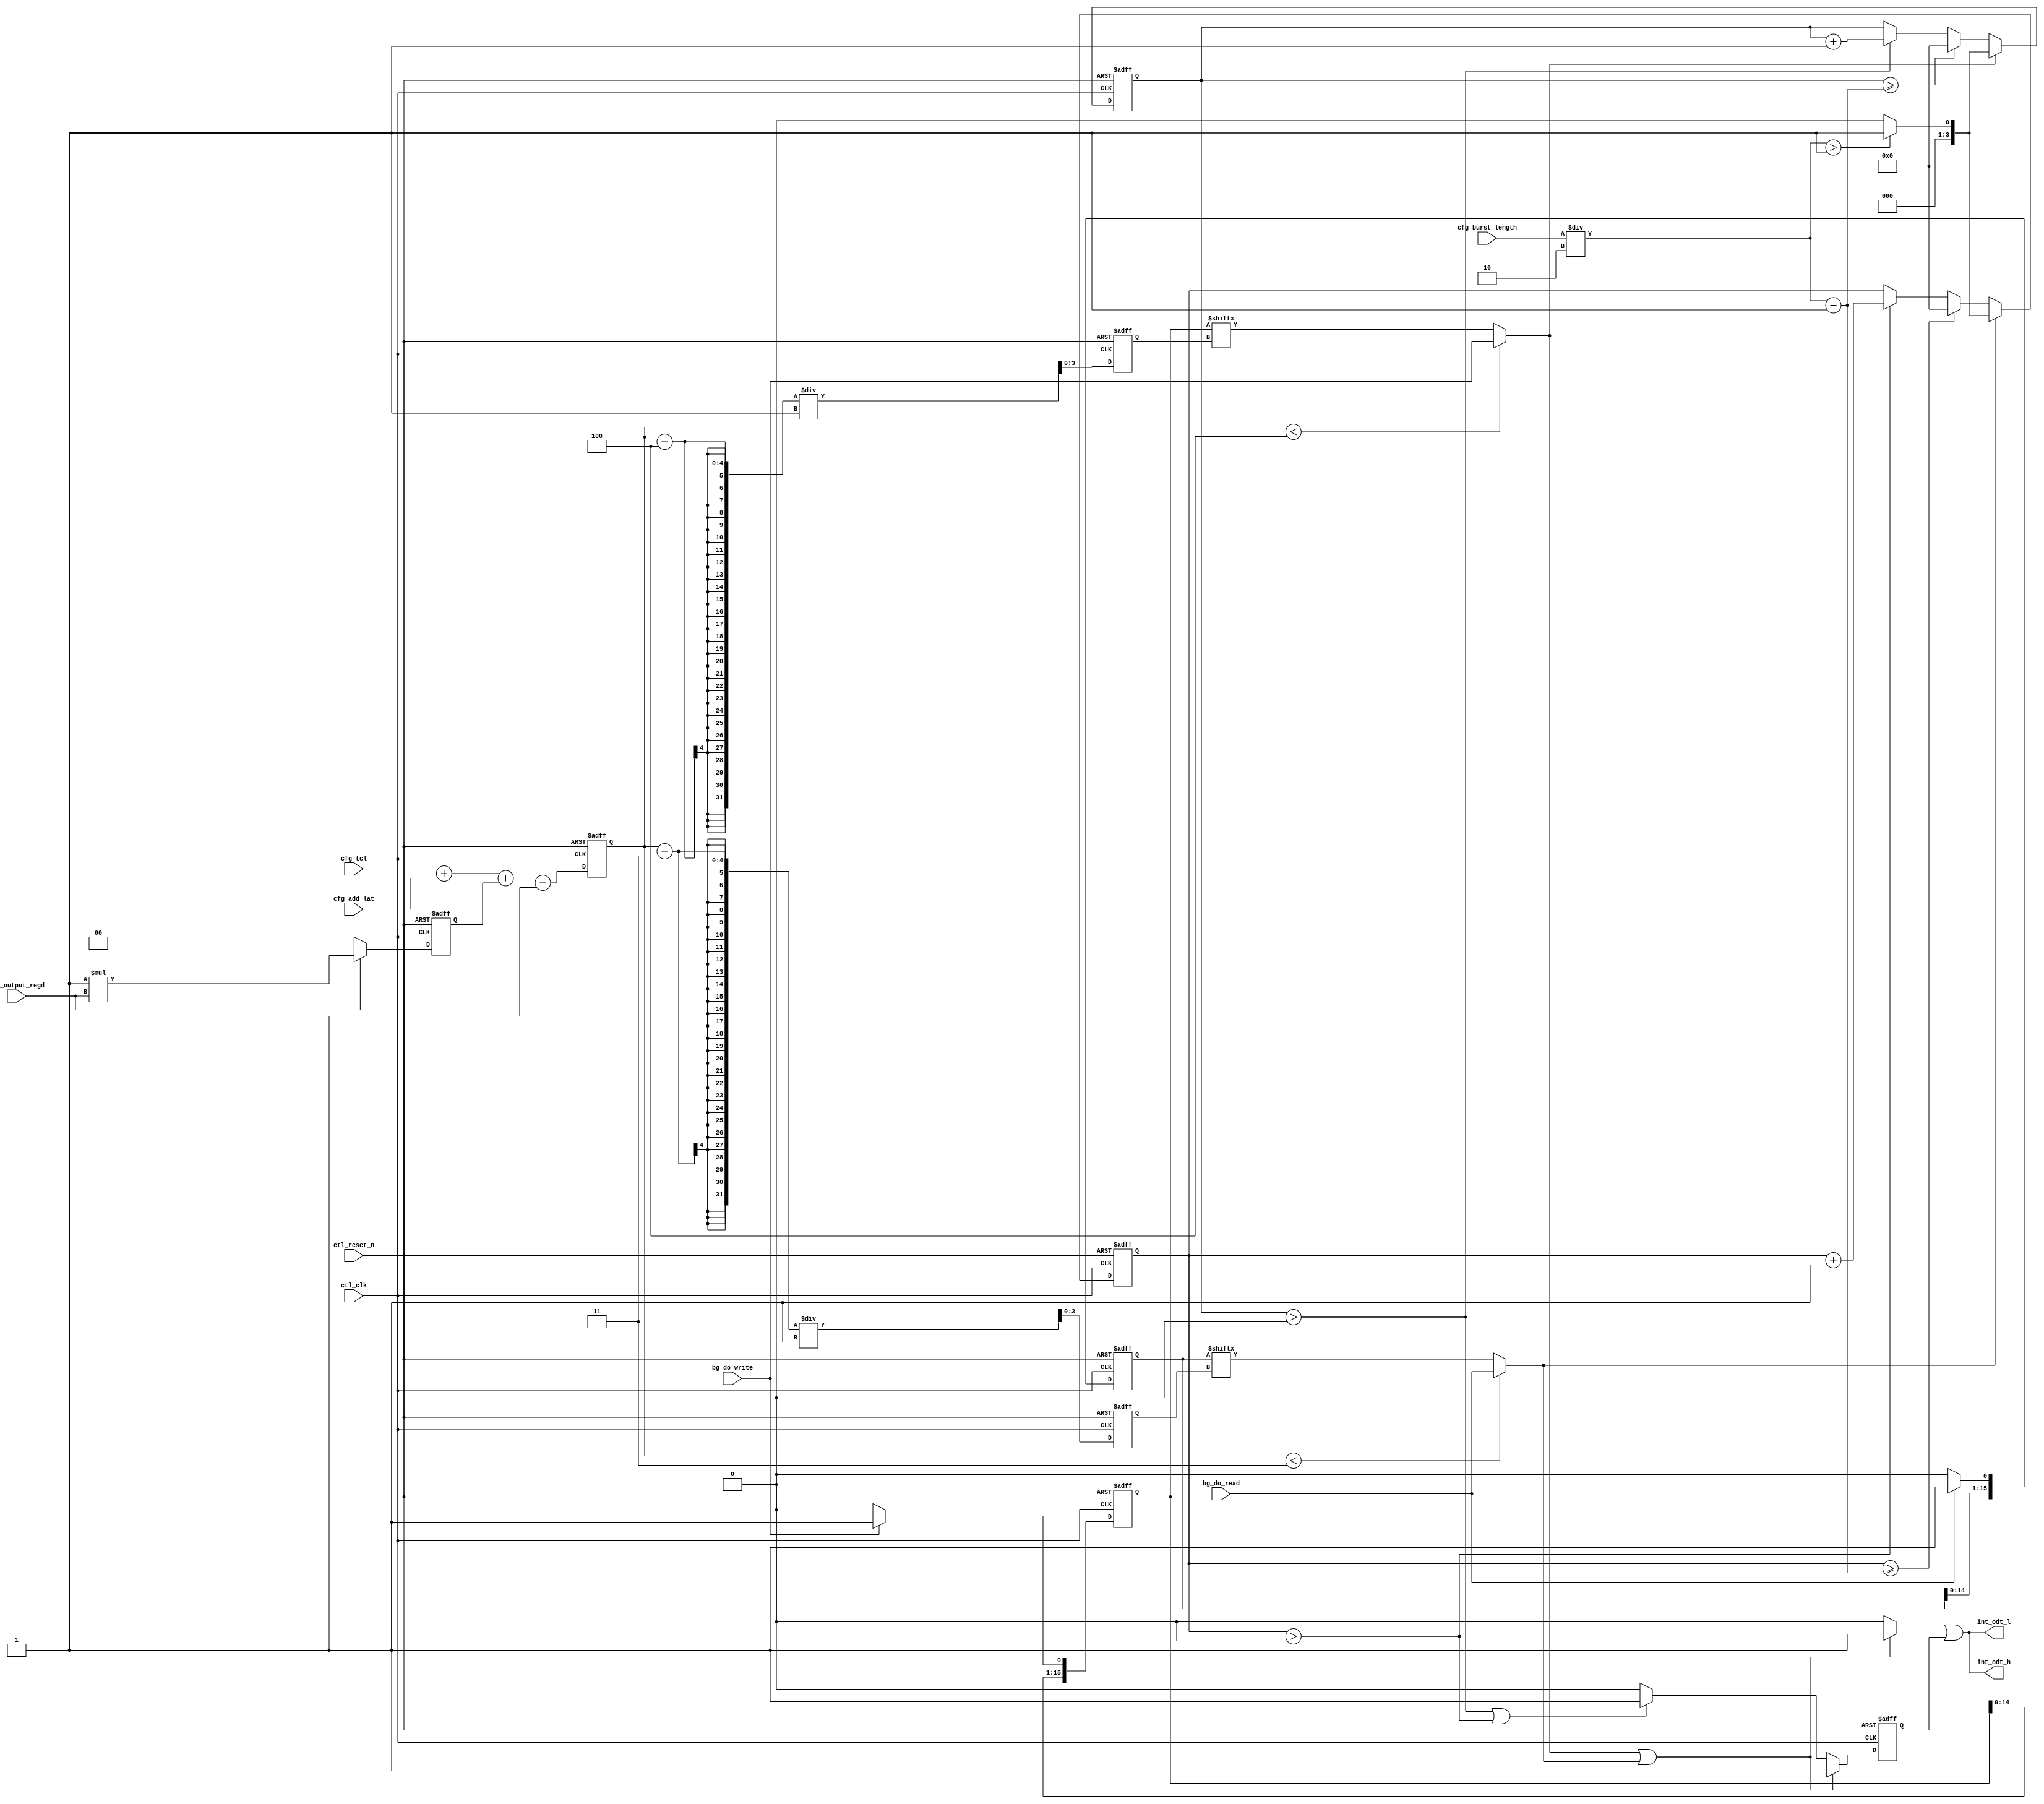
// (C) 2001-2023 Intel Corporation. All rights reserved.
// Your use of Intel Corporation's design tools, logic functions and other 
// software and tools, and its AMPP partner logic functions, and any output 
// files from any of the foregoing (including device programming or simulation 
// files), and any associated documentation or information are expressly subject 
// to the terms and conditions of the Intel Program License Subscription 
// Agreement, Intel FPGA IP License Agreement, or other applicable 
// license agreement, including, without limitation, that your use is for the 
// sole purpose of programming logic devices manufactured by Intel and sold by 
// Intel or its authorized distributors.  Please refer to the applicable 
// agreement for further details.



//altera message_off 10230 10036

//For tCL = 3 and tCWL = 2 rdwr_data_tmg block output must be registered in order to support ODT

`timescale 1 ps / 1 ps

module alt_mem_ddrx_ddr2_odt_gen
    # ( parameter
        CFG_DWIDTH_RATIO              =   2,
        CFG_PORT_WIDTH_ADD_LAT        =   3,
        CFG_PORT_WIDTH_OUTPUT_REGD    =   1,
        CFG_PORT_WIDTH_TCL            =   4
    )
    (
        ctl_clk,
        ctl_reset_n,
        cfg_tcl,
        cfg_add_lat,
        cfg_burst_length,
        cfg_output_regd,
        bg_do_write,
        bg_do_read,
        int_odt_l,
        int_odt_h
    );
    
    //=================================================================================================//
    //        Local parameter definition                                                               //
    //=================================================================================================//
    
    localparam  integer CFG_TCL_PIPE_LENGTH =   2**CFG_PORT_WIDTH_TCL; // okay to size this to 4 since max latency in DDR2 is 7+6=13
    localparam          CFG_TAOND           =   2;
    localparam          CFG_TAOFD           =   2.5;
    
    //=================================================================================================//
    //        input/output declaration                                                                 //
    //=================================================================================================//
    
    input                                    ctl_clk;
    input                                    ctl_reset_n;
    input   [CFG_PORT_WIDTH_TCL-1:0]         cfg_tcl;
    input   [CFG_PORT_WIDTH_ADD_LAT-1:0]     cfg_add_lat;
    input   [4:0]                            cfg_burst_length;
    input   [CFG_PORT_WIDTH_OUTPUT_REGD-1:0] cfg_output_regd;
    
    input                                    bg_do_write;
    input                                    bg_do_read;
    
    output                                   int_odt_l;
    output                                   int_odt_h;
    
    //=================================================================================================//
    //        reg/wire declaration                                                                     //
    //=================================================================================================//
    
    wire bg_do_write;
    wire bg_do_read;
    
    reg  [1:0] regd_output;
    
    reg  [CFG_PORT_WIDTH_TCL-1:0] int_tcwl_unreg;
    reg  [CFG_PORT_WIDTH_TCL-1:0] int_tcwl;
    reg                           int_tcwl_even;
    reg                           int_tcwl_odd;
    
    reg  [CFG_PORT_WIDTH_TCL-1:0] write_latency;
    reg  [CFG_PORT_WIDTH_TCL-1:0] read_latency;
    
    wire int_odt_l;
    wire int_odt_h;
    
    reg reg_odt_l;
    reg reg_odt_h;
    
    reg combi_odt_l;
    reg combi_odt_h;
    
    reg [1:0] offset_code;
    
    reg start_odt_write;
    reg start_odt_read;
    
    reg [CFG_TCL_PIPE_LENGTH-1:0] do_write_pipe;
    reg [CFG_TCL_PIPE_LENGTH-1:0] do_read_pipe;
    
    reg [3:0]   doing_write_count;
    reg [3:0]   doing_read_count;
    
    always @ (posedge ctl_clk or negedge ctl_reset_n)
        begin
            if (!ctl_reset_n)
                begin
                    regd_output <= 0;
                end
            else
                begin
                    if (cfg_output_regd)
                        regd_output <= (CFG_DWIDTH_RATIO / 2) * cfg_output_regd;
                    else
                        regd_output <= 2'd0;
                end
        end
    
    always @ (*)
        begin
            int_tcwl_unreg = cfg_tcl + cfg_add_lat + regd_output - 1'b1;
        end
    
    always @(posedge ctl_clk, negedge ctl_reset_n)
        begin
            if (!ctl_reset_n)
                int_tcwl    <=  0;
            else
                int_tcwl    <=  int_tcwl_unreg;
        end
    
    always @ (posedge ctl_clk or negedge ctl_reset_n)
        begin
            if (!ctl_reset_n)
                begin
                    int_tcwl_even <= 1'b0;
                    int_tcwl_odd  <= 1'b0;
                end
            else
                begin
                    if (int_tcwl % 2 == 0)
                        begin
                            int_tcwl_even <= 1'b1;
                            int_tcwl_odd  <= 1'b0;
                        end
                    else
                        begin
                            int_tcwl_even <= 1'b0;
                            int_tcwl_odd  <= 1'b1;
                        end
                end
        end
    
    always @ (posedge ctl_clk or negedge ctl_reset_n)
        begin
            if (!ctl_reset_n)
                begin
                    write_latency <= 0;
                    read_latency  <= 0;
                end
            else
                begin
                    write_latency <= (int_tcwl - 4) / (CFG_DWIDTH_RATIO / 2);
                    read_latency  <= (int_tcwl - 3) / (CFG_DWIDTH_RATIO / 2);
                end
        end
    
    //=================================================================================================//
    //        Delay ODT signal to match READ DQ/DQS                                                    //
    //=================================================================================================//
    
    always @(posedge ctl_clk, negedge ctl_reset_n)
        begin
            if (!ctl_reset_n)
                do_read_pipe    <=  0;
            else
                if (bg_do_read)
                    do_read_pipe    <=  {do_read_pipe[CFG_TCL_PIPE_LENGTH-2:0],bg_do_read};
                else
                    do_read_pipe    <=  {do_read_pipe[CFG_TCL_PIPE_LENGTH-2:0],1'b0};
        end
    
    always @(*)
        begin
            if (int_tcwl < 3)
                start_odt_read  =  bg_do_read;
            else
                start_odt_read  =  do_read_pipe[read_latency];
        end
    
    always @(posedge ctl_clk, negedge ctl_reset_n)
        begin
            if (!ctl_reset_n)
                begin doing_read_count   <=  0; end
            else
                begin
                    if (start_odt_read)
                        begin
                            if ((cfg_burst_length / CFG_DWIDTH_RATIO) > 1)
                                doing_read_count   <=  1;
                            else
                                doing_read_count   <=  0;
                        end
                    else if (doing_read_count >= ((cfg_burst_length / CFG_DWIDTH_RATIO) - 1))
                        begin
                            doing_read_count   <=  0;
                        end
                    else if (doing_read_count > 0)
                        begin
                            doing_read_count   <=  doing_read_count + 1'b1;
                        end
                end
        end
    
    //=================================================================================================//
    //        Delay ODT signal to match WRITE DQ/DQS                                                   //
    //=================================================================================================//
    
    always @(posedge ctl_clk, negedge ctl_reset_n)
        begin
            if (!ctl_reset_n)
                do_write_pipe    <=  0;
            else
                if (bg_do_write)
                    do_write_pipe    <=  {do_write_pipe[CFG_TCL_PIPE_LENGTH-2:0],bg_do_write};
                else
                    do_write_pipe    <=  {do_write_pipe[CFG_TCL_PIPE_LENGTH-2:0],1'b0};
        end
    
    always @(*)
        begin
            if (int_tcwl < 4)
                start_odt_write =  bg_do_write;
            else
                start_odt_write =  do_write_pipe[write_latency];
        end
    
    always @(posedge ctl_clk, negedge ctl_reset_n)
        begin
            if (!ctl_reset_n)
                doing_write_count   <=  0;
            else
                if (start_odt_write)
                    begin
                        if ((cfg_burst_length / CFG_DWIDTH_RATIO) > 1)
                            doing_write_count   <=  1;
                        else
                            doing_write_count   <=  0;
                    end
                else if (doing_write_count >= ((cfg_burst_length / CFG_DWIDTH_RATIO) - 1))
                    begin
                        doing_write_count   <=  0;
                    end
                else if (doing_write_count > 0)
                    begin
                        doing_write_count   <=  doing_write_count + 1'b1;
                    end
        end
    
    //=================================================================================================//
    //        ODT signal generation block                                                              //
    //=================================================================================================//
    
    always @ (*)
        begin
            if (CFG_DWIDTH_RATIO == 2) // full rate
                begin
                    if (start_odt_write || start_odt_read)
                        begin
                            combi_odt_h = 1'b1;
                            combi_odt_l = 1'b1;
                        end
                    else
                        begin
                            combi_odt_h = 1'b0;
                            combi_odt_l = 1'b0;
                        end
                end
            else // half and quarter rate
                begin
                    if (int_tcwl_even)
                        begin
                            if (start_odt_write)
                                begin
                                    combi_odt_h = 1'b1;
                                    combi_odt_l = 1'b1;
                                end
                            else if (start_odt_read)
                                begin
                                    combi_odt_h = 1'b1;
                                    combi_odt_l = 1'b0;
                                end
                            else
                                begin
                                    combi_odt_h = 1'b0;
                                    combi_odt_l = 1'b0;
                                end
                        end
                    else
                        begin
                            if (start_odt_write)
                                begin
                                    combi_odt_h = 1'b1;
                                    combi_odt_l = 1'b0;
                                end
                            else if (start_odt_read)
                                begin
                                    combi_odt_h = 1'b1;
                                    combi_odt_l = 1'b1;
                                end
                            else
                                begin
                                    combi_odt_h = 1'b0;
                                    combi_odt_l = 1'b0;
                                end
                        end
                end
        end
    
    always @ (posedge ctl_clk or negedge ctl_reset_n)
        begin
            if (!ctl_reset_n)
                begin
                    reg_odt_h <= 1'b0;
                    reg_odt_l <= 1'b0;
                end
            else
                begin
                    if (CFG_DWIDTH_RATIO == 2) // full rate
                        begin
                            if (start_odt_write || start_odt_read)
                                begin
                                    reg_odt_h <= 1'b1;
                                    reg_odt_l <= 1'b1;
                                end
                            else if (doing_write_count > 0 || doing_read_count > 0)
                                begin
                                    reg_odt_h <= 1'b1;
                                    reg_odt_l <= 1'b1;
                                end
                            else
                                begin
                                    reg_odt_h <= 1'b0;
                                    reg_odt_l <= 1'b0;
                                end
                        end
                    else // half and quarter rate
                        begin
                            if (start_odt_write)
                                begin
                                    if ((cfg_burst_length / CFG_DWIDTH_RATIO) > 1)
                                        begin
                                            reg_odt_h <= 1'b1;
                                            reg_odt_l <= 1'b1;
                                        end
                                    else
                                        begin
                                            if (int_tcwl_even)
                                                begin
                                                    reg_odt_h <= 1'b0;
                                                    reg_odt_l <= 1'b1;
                                                end
                                            else
                                                begin
                                                    reg_odt_h <= 1'b1;
                                                    reg_odt_l <= 1'b1;
                                                end
                                        end
                                end
                            else if (start_odt_read)
                                begin
                                    if ((cfg_burst_length / CFG_DWIDTH_RATIO) > 1)
                                        begin
                                            reg_odt_h <= 1'b1;
                                            reg_odt_l <= 1'b1;
                                        end
                                    else
                                        begin
                                            if (int_tcwl_odd)
                                                begin
                                                    reg_odt_h <= 1'b0;
                                                    reg_odt_l <= 1'b1;
                                                end
                                            else
                                                begin
                                                    reg_odt_h <= 1'b1;
                                                    reg_odt_l <= 1'b1;
                                                end
                                        end
                                end
                            else if (doing_write_count > 0)
                                begin
                                    if (doing_write_count < ((cfg_burst_length / CFG_DWIDTH_RATIO) - 1))
                                        begin
                                            reg_odt_h <= 1'b1;
                                            reg_odt_l <= 1'b1;
                                        end
                                    else
                                        begin
                                            if (int_tcwl_even)
                                                begin
                                                    reg_odt_h <= 1'b0;
                                                    reg_odt_l <= 1'b1;
                                                end
                                            else
                                                begin
                                                    reg_odt_h <= 1'b1;
                                                    reg_odt_l <= 1'b1;
                                                end
                                        end
                                end
                            else if (doing_read_count > 0)
                                begin
                                    if (doing_read_count < ((cfg_burst_length / CFG_DWIDTH_RATIO) - 1))
                                        begin
                                            reg_odt_h <= 1'b1;
                                            reg_odt_l <= 1'b1;
                                        end
                                    else
                                        begin
                                            if (int_tcwl_odd)
                                                begin
                                                    reg_odt_h <= 1'b0;
                                                    reg_odt_l <= 1'b1;
                                                end
                                            else
                                                begin
                                                    reg_odt_h <= 1'b1;
                                                    reg_odt_l <= 1'b1;
                                                end
                                        end
                                end
                            else
                                begin
                                    reg_odt_h <= 1'b0;
                                    reg_odt_l <= 1'b0;
                                end
                        end
                end
        end
    
    generate
        if (CFG_DWIDTH_RATIO == 2) // full rate
            begin
                assign  int_odt_h   = combi_odt_h | reg_odt_h;
                assign  int_odt_l   = combi_odt_h | reg_odt_h;
            end
        else if (CFG_DWIDTH_RATIO == 4) // half rate
            begin
                assign  int_odt_h   = combi_odt_h | reg_odt_h;
                assign  int_odt_l   = combi_odt_l | reg_odt_l;
            end
        else if (CFG_DWIDTH_RATIO == 8) // quarter rate
            begin
                
            end
    endgenerate

endmodule